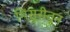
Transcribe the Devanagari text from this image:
मिसूरीतून